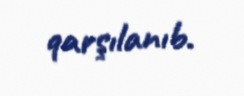
qarşılanıb.